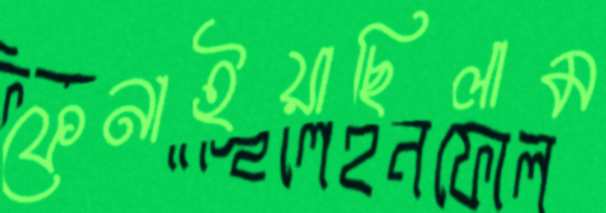
ফেনাইয়াছিলাম